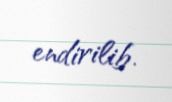
endirilib.